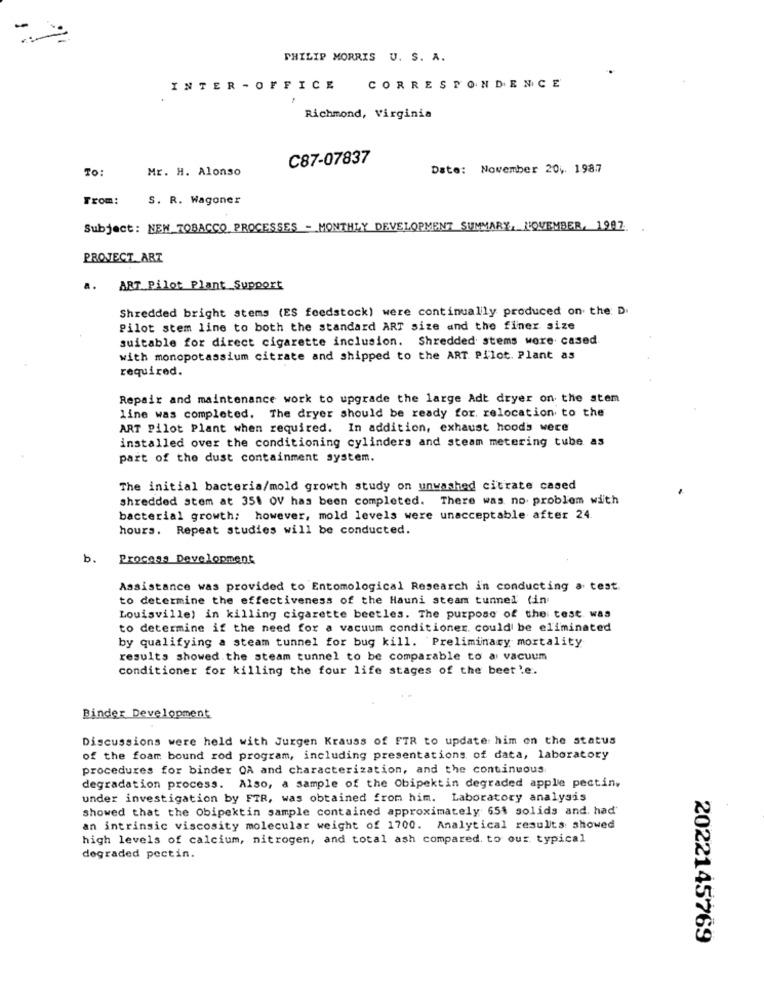
PHILIP MORRIS U. S. A.
INTER - OFFICE CORRESPONDENCE
Richmond, Virginia
C87-07837
To:
Mr. H. Alonso
Date: November 20, 1987
From:
S. R. Wagoner
Subject: NEW_TOBACCO. PROCESSES - MONTHLY DEVELOPMENT SUMMARY, NOVEMBER, 1987.
PROJECT_ART
a.
ART Pilot Plant Support
Shredded bright stems (ES feedstock) were continually produced on the D.
Pilot stem line to both the standard ART size and the finer size
suitable for direct cigarette inclusion. Shredded stems were cased
with monopotassium citrate and shipped to the ART Pilot. Plant as
required.
Repair and maintenance work to upgrade the large Adt dryer on the stem
line was completed. The dryer should be ready for, relocation to the
ART Pilot Plant when required. In addition, exhaust hoods were
installed over the conditioning cylinders and steam metering tube as
part of the dust containment system.
The initial bacteria/mold growth study on unwashed citrate cased
shredded stem at 351 OV has been completed. There was no problem with
bacterial growth; however, mold levels were unacceptable after 24.
hours. Repeat studies will be conducted.
b.
Process Development
Assistance was provided to Entomological Research in conducting a test.
to determine the effectiveness of the Hauni steam tunnel (in
Louisville) in killing cigarette beetles. The purpose of the test was
to determine if the need for a vacuum conditioner. could be eliminated
by qualifying a steam tunnel for bug kill. Preliminary mortality
results showed the steam tunnel to be comparable to a vacuum
conditioner for killing the four life stages of the beetle.
Binder Development
Discussions were held with Jurgen Krauss of FTR to update him on the status
of the foam bound rod program, including presentations of data, laboratory
procedures for binder OA and characterization, and the continuous
degradation process. Also, a sample of the Obipektin degraded apple pectin,
under investigation by FTR, was obtained from him. Laboratory analysis
showed that the Obipektin sample contained approximately 65% solids and, had'
an intrinsic viscosity molecular weight of 1700. Analytical results showed
high levels of calcium, nitrogen, and total ash compared. to our typical
degraded pectin.
2022145769